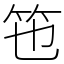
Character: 竾